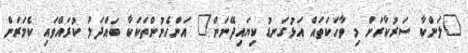
"ލަންކާ ސަރުކާރަށް މި ވާހަކަތައް އަޅުގަނޑު ކިޔައިދޭނަން" އަންހެނުންތަކަކާ ބައްދަލު ކުރައްވައި ކެމަރަން